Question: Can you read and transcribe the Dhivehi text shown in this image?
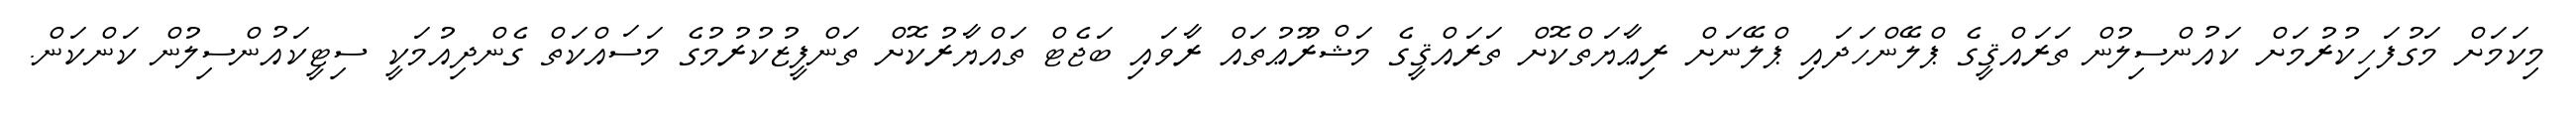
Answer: މިކަމަށް މަގުފަހިކުރުމަށް ކައުންސިލުން ތަރައްޤީގެ ޕްލޭންހަދައި ޕްލޭނަށް ރިޢާޔަތްކޮށް ތަރައްޤީގެ މަޝްރޫޢުތައް ރާވައި ބަޖެޓް ތައްޔާރުކޮށް ތަންފީޒުކުރުމުގެ މަސައްކަތް ގެންދިއުމަކީ ސިޓީކައުންސިލުން ކަންކަން.